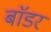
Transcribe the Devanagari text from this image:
बाॅडर